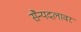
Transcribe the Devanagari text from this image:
सैन्यदलावर